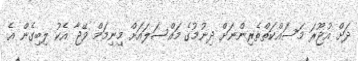
ދަށް އުޖޫރަ މަސައްކަތްތެރިންނަށް ދިނުމުގެ މައްސަލައަށް މިނިމަމް ވޭޖާ އެކު ލިބިގެން އެ